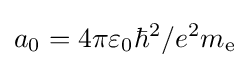
a_{0}={4\pi \varepsilon _{0}\hbar ^{2}}/{e^{2}m_{\text{e}}}